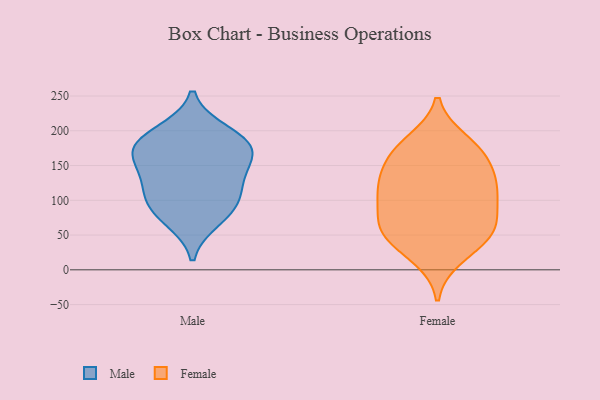
{"axis": {"x": "Customer Acquisition Cost (USD)", "y": "Value"}, "legend": ["Female", "Male"], "data": [{"x": "", "y": 94, "type": "Male"}, {"x": "", "y": 179, "type": "Male"}, {"x": "", "y": 94, "type": "Male"}, {"x": "", "y": 163, "type": "Male"}, {"x": "", "y": 125, "type": "Male"}, {"x": "", "y": 72, "type": "Male"}, {"x": "", "y": 198, "type": "Male"}, {"x": "", "y": 167, "type": "Male"}, {"x": "", "y": 131, "type": "Male"}, {"x": "", "y": 183, "type": "Male"}, {"x": "", "y": 119, "type": "Female"}, {"x": "", "y": 96, "type": "Female"}, {"x": "", "y": 54, "type": "Female"}, {"x": "", "y": 164, "type": "Female"}, {"x": "", "y": 114, "type": "Female"}, {"x": "", "y": 153, "type": "Female"}, {"x": "", "y": 31, "type": "Female"}, {"x": "", "y": 185, "type": "Female"}, {"x": "", "y": 117, "type": "Female"}, {"x": "", "y": 18, "type": "Female"}, {"x": "", "y": 103, "type": "Female"}, {"x": "", "y": 60, "type": "Female"}, {"x": "", "y": 182, "type": "Female"}, {"x": "", "y": 64, "type": "Female"}, {"x": "", "y": 59, "type": "Female"}, {"x": "", "y": 58, "type": "Female"}, {"x": "", "y": 132, "type": "Female"}, {"x": "", "y": 162, "type": "Female"}]}